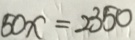
5 0 x = 2 3 5 0